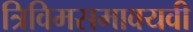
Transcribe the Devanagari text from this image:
त्रिविमसमावयवी